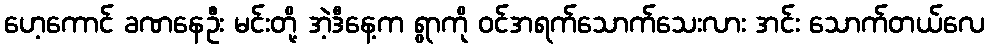
ဟေ့ကောင် ခဏနေဦး မင်းတို့ အဲ့ဒီနေ့က ရွာကို ဝင်အရက်သောက်သေးလား အင်း သောက်တယ်လေ